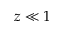
z \ll 1